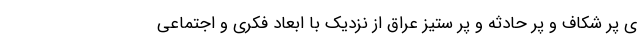
ی پر شکاف و پر حادثه و پر ستیز عراق از نزدیک با ابعاد فکری و اجتماعی